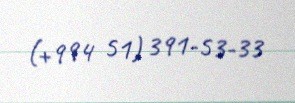
(+994 51) 391-53-33